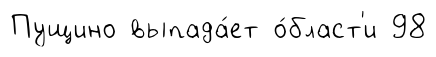
Пущино выпада́ет о́бласт'и 98